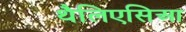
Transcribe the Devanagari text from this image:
थैलिएसिआ